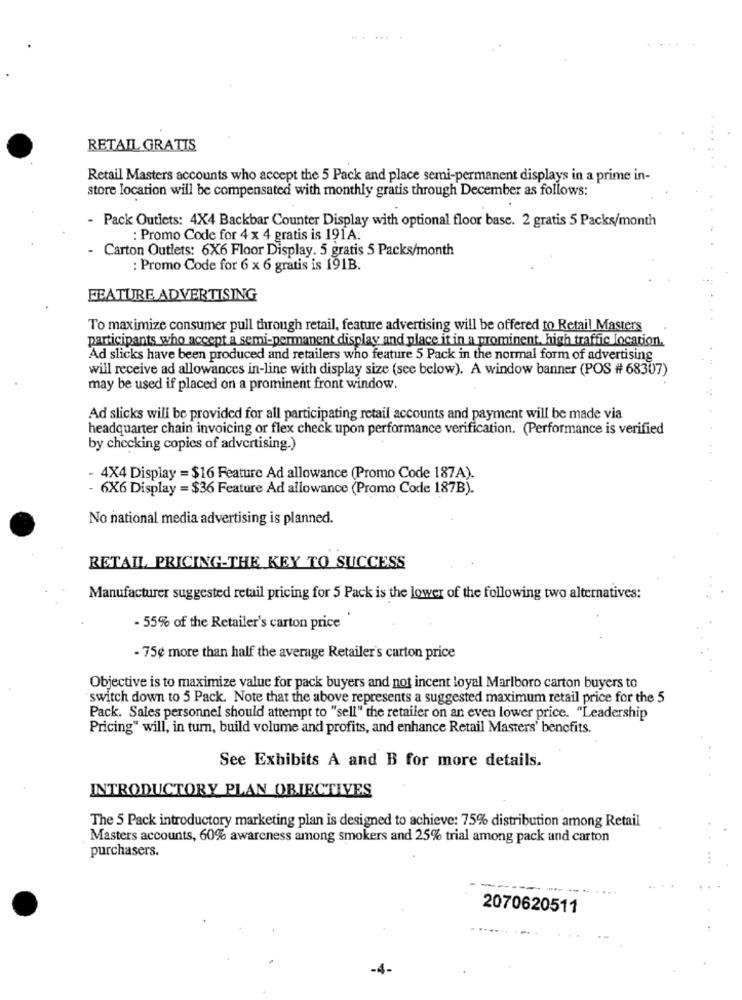
RETAIL GRATIS
Retail Masters accounts who accept the 5 Pack and place semi-permanent displays in a prime in-
store location will be compensated with monthly gratis through December as follows:
- Pack Outiets: 4X4 Backbar Counter Display with optional floor base. 2 gratis 5 Packs/month
: Promo Code for 4 x 4 gratis is 191A.
- Carton Outlets: 6X6 Floor Display. 5 gratis 5 Packs/month
: Promo Code for 6 x 6 gratis is 191B.
FEATURE ADVERTISING
To maximize consumer pull through retail, feature advertising will be offered to Retail Masters
participants who accept a semi-permanent display and place it in a prominent, high traffic location.
Ad slicks have been produced and retailers who feature 5 Pack in the normal form of advertising
will receive ad allowances in-line with display size (see below). A window banner (POS # 68307)
may be used if placed on a prominent front window.
Ad slicks will be provided for all participating retail accounts and payment will be made via
headquarter chain invoicing or flex check upon performance verification. (Performance is verified
by checking copies of advertising.)
4X4 Display = $16 Feature Ad allowance (Promo Code 187A).
6X6 Display = $36 Feature Ad allowance (Promo Code 187B).
No national media advertising is planned.
RETAIL PRICING-THE KEY TO SUCCESS
Manufacturer suggested retail pricing for 5 Pack is the lower of the following two alternatives:
- 55% of the Retailer's carton price
- 75¢ more than half the average Retailer's carton price
Objective is to maximize value for pack buyers and not incent loyal Marlboro carton buyers to
switch down to 5 Pack. Note that the above represents a suggested maximum retail price for the 5
Pack. Sales personnel should attempt to "sell" the retailer on an even lower price. "Leadership
Pricing" will, in turn, build volume and profits, and enhance Retail Masters' benefits.
See Exhibits A and B for more details.
INTRODUCTORY PLAN OBJECTIVES
The 5 Pack introductory marketing plan is designed to achieve: 75% distribution among Retail
Masters accounts, 60% awareness among smokers and 25% trial among pack and carton
purchasers.
2070620511